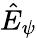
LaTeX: \hat{E}_{\psi}